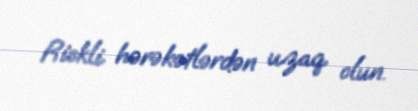
Riskli hərəkətlərdən uzaq olun.